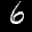
Label: 6